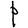
Character: P